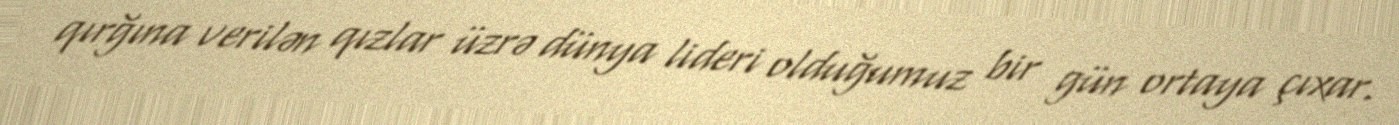
qırğına verilən qızlar üzrə dünya lideri olduğumuz bir gün ortaya çıxar.